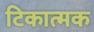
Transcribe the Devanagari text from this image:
टिकात्मक